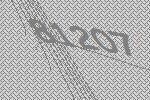
81207